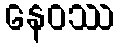
နေဝဿ